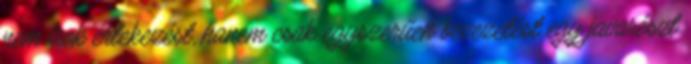
nem írok értekezést, hanem csak egyszerűen bevezetést egy javarészt